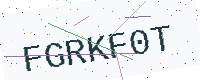
Text: FGRKF0T